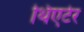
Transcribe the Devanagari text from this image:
थिएर्टर